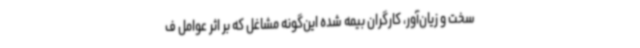
سخت و زیان‌آور، کارگران بیمه شده این‌گونه مشاغل که بر اثر عوامل ف